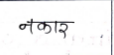
मजकूर: नकार